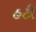
હટી